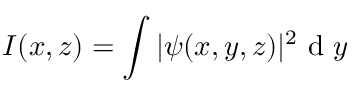
I ( x , z ) = \int | \psi ( x , y , z ) | ^ { 2 } \mathrm { ~ d ~ } y